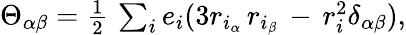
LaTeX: \begin{array}{r}{\Theta_{\alpha\beta}=\frac{1}{2}\, \sum_{i}e_{i}(3r_{i_{\alpha}}\, r_{i_{\beta}}\, -\, r_{i}^{2}\delta_{\alpha\beta}),}\end{array}